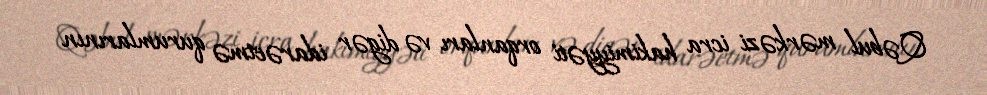
Qəbul mərkəzi icra hakimiyyəti orqanları və digər idarəetmə qurumlarının